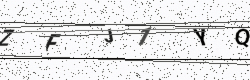
Text: ZFJ1YQ